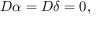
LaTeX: { \cal D } \alpha = { \cal D } \delta = 0 ,